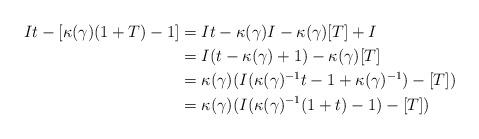
LaTeX: \begin{align*}It-[\kappa(\gamma)(1+T)-1]&=It-\kappa(\gamma)I-\kappa(\gamma)[T]+I\\&=I(t-\kappa(\gamma)+1)-\kappa(\gamma)[T]\\&=\kappa(\gamma)(I(\kappa(\gamma)^{-1}t-1+\kappa(\gamma)^{-1})-[T])\\&=\kappa(\gamma)(I(\kappa(\gamma)^{-1}(1+t)-1)-[T])\end{align*}